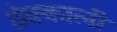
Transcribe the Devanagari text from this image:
ठेक्काली